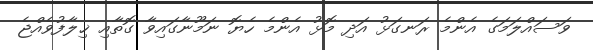
ވަސައްލަމަގެ އެންމެ ރަނގަޅު އަދި މޮޅު އެންމެ ހެޔޮ ނަމޫނާގައިވާ ގޮތާއި ޚިލާފުވެއްޖެ